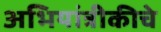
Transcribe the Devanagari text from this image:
अभियांत्रीकीचे